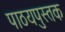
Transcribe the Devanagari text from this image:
पाठयपुस्तक